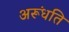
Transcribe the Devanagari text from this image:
अरूंधति